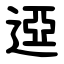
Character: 䢝